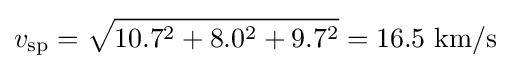
v_{\text{sp}}={\sqrt {10.7^{2}+8.0^{2}+9.7^{2}}}=16.5~{\text{km/s}}